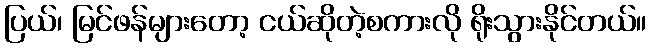
ပြယ်၊ မြင်ဖန်များတော့ ငယ်ဆိုတဲ့စကားလို ရိုးသွားနိုင်တယ်။